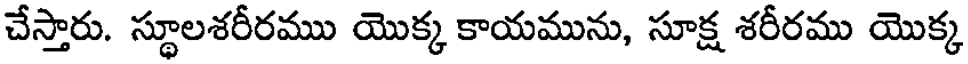
చేస్తారు. స్థూలశరీరము యొక్క కాయమును, సూక్ష శరీరము యొక్క